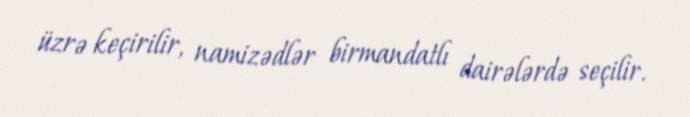
üzrə keçirilir, namizədlər birmandatlı dairələrdə seçilir.